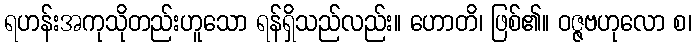
ရဟန်းအကုသိုတည်းဟူသော ရန်ရှိသည်လည်း။ ဟောတိ၊ ဖြစ်၏။ ဝဇ္ဇဗဟုလော စ၊